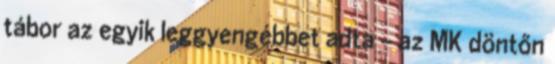
tábor az egyik leggyengébbet adta - az MK döntőn